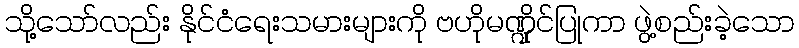
သို့သော်လည်း နိုင်ငံရေးသမားများကို ဗဟိုမဏ္ဍိုင်ပြုကာ ဖွဲ့စည်းခဲ့သော